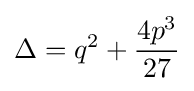
\Delta =q^{2}+{\frac {4p^{3}}{27}}